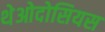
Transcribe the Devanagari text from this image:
थेओदोसियस